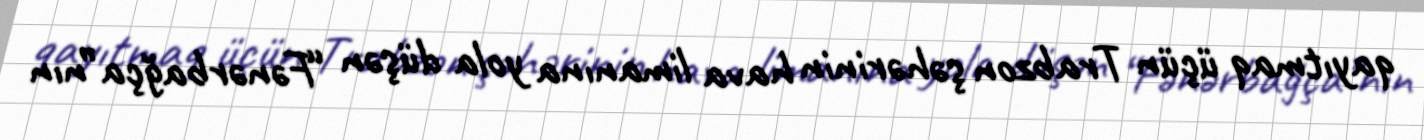
qayıtmaq üçün Trabzon şəhərinin hava limanına yola düşən “Fənərbağça”nın